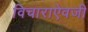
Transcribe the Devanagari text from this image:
विचाराऐवजी